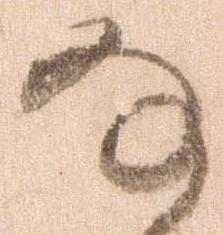
な